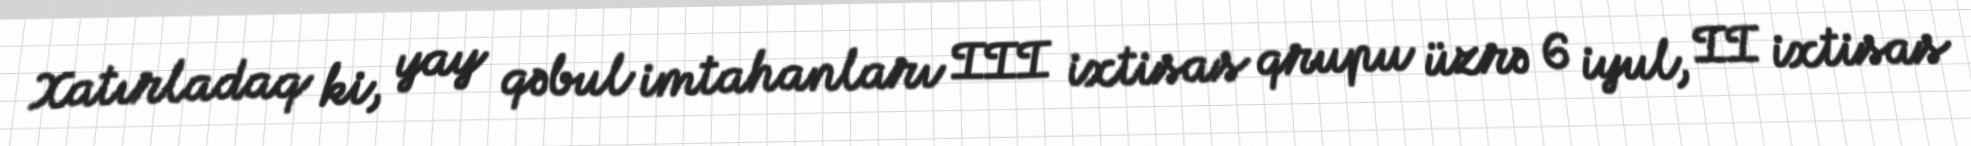
Xatırladaq ki, yay qəbul imtahanları III ixtisas qrupu üzrə 6 iyul, II ixtisas